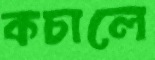
কচালে